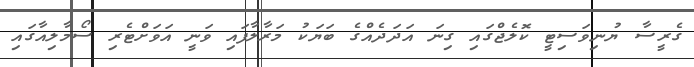
ގެރީސާ ޔުނިވަސިޓީ ކޮލެޖްގައި ގިނަ އަދަދެއްގެ ބަޔަކު މަރާލާފައި ވަނީ އަވަށްޓެރި ސޯމާލިއާގައި